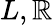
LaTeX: L,\mathbb{R}